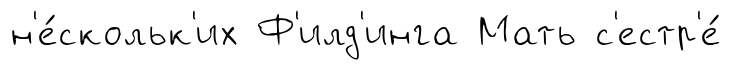
н'е́скольк'их Ф'илд'инга Мать с'естр'е́